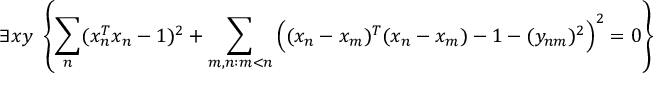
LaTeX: \exists x y \ \left\{ \sum _ { n } ( x _ { n } ^ { T } x _ { n } - 1 ) ^ { 2 } + \sum _ { m , n : m < n } { \Big ( } ( x _ { n } - x _ { m } ) ^ { T } ( x _ { n } - x _ { m } ) - 1 - ( y _ { n m } ) ^ { 2 } { \Big ) } ^ { 2 } = 0 \right\}